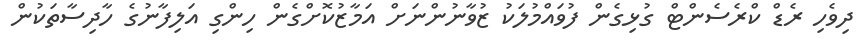
ދިވެހި ރެޑް ކްރެސެންޓް ގުޅިގެން ފުވައްމުލަކު ޒުވާނުންނަށް އަމާޒުކޮށްގެން ހިންގި އަލިފާނުގެ ހާދިސާތަކުން